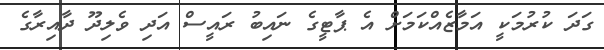
ގަދަ ކުރުމަކީ އަމާޒެއްކަމަށް އެ ޕާޓީގެ ނައިބު ރައީސް އަދި ވެލިދޫ ދާއިރާގެ